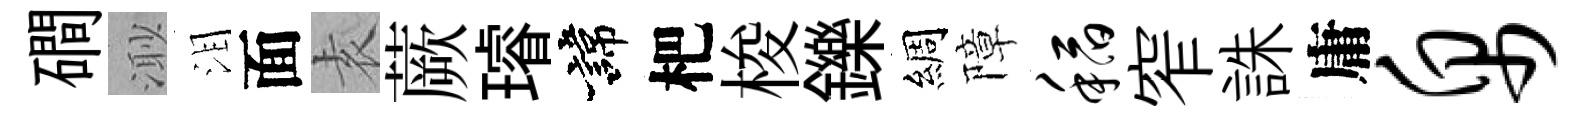
磵𣺌泪面𡊮蕨璿諱杷梭鑠綢障稻窄誅庸帛